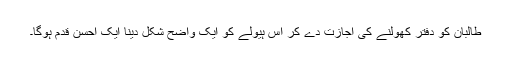
طالبان کو دفتر کھولنے کی اجازت دے کر اس ہیولے کو ایک واضح شکل دینا ایک احسن قدم ہوگا۔